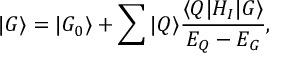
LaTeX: | G \rangle = | G _ { 0 } \rangle + \sum | Q \rangle \frac { \langle Q | H _ { I } | G \rangle } { E _ { Q } - E _ { G } } ,